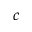
c